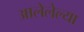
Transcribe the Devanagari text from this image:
आलेलेल्या